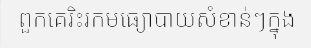
ពួកគេរិះរកមធ្យោបាយសំខាន់ៗក្នុង